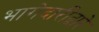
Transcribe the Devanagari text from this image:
भागेदारीद्वारे